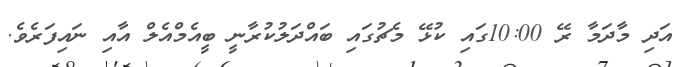
އަދި މާދަމާ ރޭ 10:00ގައި ކުޅޭ މެޗުގައި ބައްދަލުކުރާނީ ބީއެމްއެލް އާއި ނައިފަރެވެ.